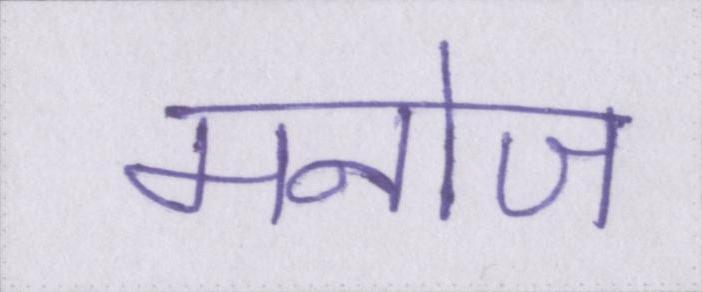
मनोज